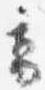
高